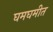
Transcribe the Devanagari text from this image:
घमघमीत